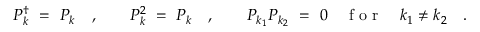
P _ { k } ^ { \dagger } \ = \ P _ { k } \quad , \qquad P _ { k } ^ { 2 } \ = \ P _ { k } \quad , \qquad P _ { k _ { 1 } } P _ { k _ { 2 } } \ = \ 0 \quad \textrm { f o r } \quad k _ { 1 } \neq k _ { 2 } \quad .